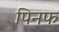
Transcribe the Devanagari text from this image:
पिनफ